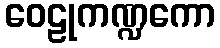
ဝေဠုကဏ္ဍကော